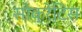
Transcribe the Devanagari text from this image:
सोक्रेटिस